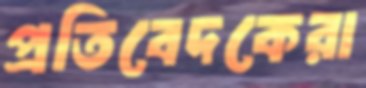
প্রতিবেদকেরা